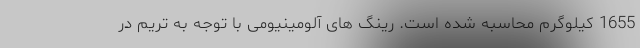
1655 کیلوگرم محاسبه شده است. رینگ های آلومینیومی با توجه به تریم در